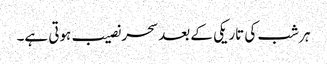
ہر شب کی تاریکی کے بعد سحر نصیب ہوتی ہے۔